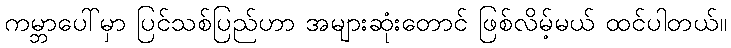
ကမ္ဘာပေါ်မှာ ပြင်သစ်ပြည်ဟာ အများဆုံးတောင် ဖြစ်လိမ့်မယ် ထင်ပါတယ်။